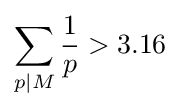
\sum _{p|M}{\frac {1}{p}}>3.16